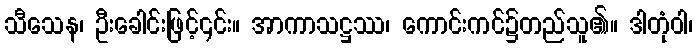
သီသေန၊ ဦးခေါင်းဖြင့်၎င်း။ အာကာသဋ္ဌဿ၊ ကောင်းကင်၌တည်သူ၏။ ဒါတုံဝါ၊